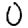
Digit: 0